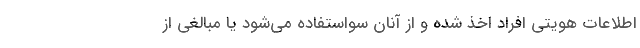
اطلاعات هویتی افراد اخذ شده و از آنان سواستفاده می‌شود یا مبالغی از